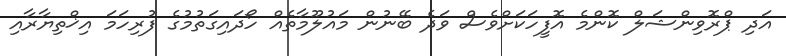
އަދި ޕްރޮވިންޝަލް ކޮންމެ އޮފީހަކަށްވެސް ވަދެ ބޭނުން މައުލޫމާތެއް ހޯދައިގަތުމުގެ ފުރިހަމަ އިޚްތިޔާރާއި